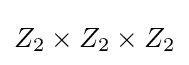
Z_{2}\times Z_{2}\times Z_{2}